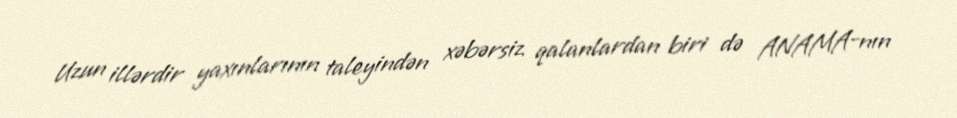
Uzun illərdir yaxınlarının taleyindən xəbərsiz qalanlardan biri də ANAMA-nın